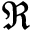
\mathfrak { R }